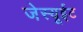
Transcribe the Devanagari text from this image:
जेस्यूईट